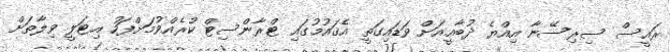
ރައީސް ސިރިސޭނާ އިއްޔެ ދުބާއީއަށް ވަޑައިގަތީ އެޤައުމުގައި ޓްރާންސިޓް ކުރެއްވުމަށްފަހު އިޓަލީ ވިލާތަށް